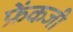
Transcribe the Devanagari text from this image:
फ्रेंकजी